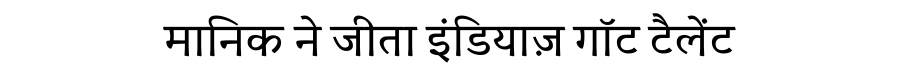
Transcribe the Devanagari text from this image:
मानिक ने जीता इंडियाज़ गॉट टैलेंट